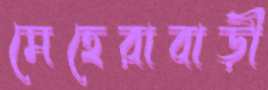
মেহেরাবাড়ী